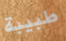
طبيبة